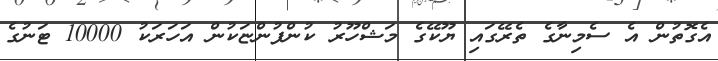
އެގޮތުން އެ ސެމިނާގެ ތެރޭގައި ޔޫކޭގެ މަޝްހޫރު ކުންފުންޏަކުން އަހަރަކު 10000 ޓަނުގެ